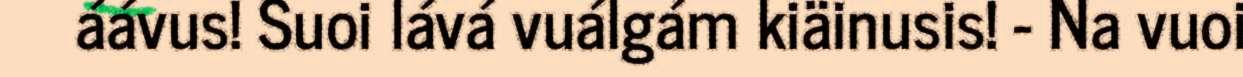
áávus! Suoi lává vuálgám kiäinusis! - Na vuoi